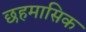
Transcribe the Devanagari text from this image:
छहमासिक